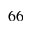
^ { 6 6 }